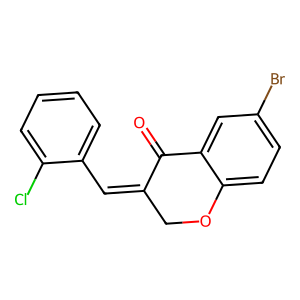
SMILES: O=C1C(=Cc2ccccc2Cl)COc2ccc(Br)cc21
Inhibits HIV replication: No